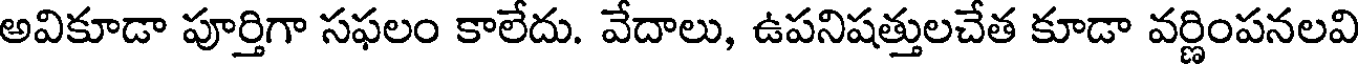
అవికూడా పూర్తిగా సఫలం కాలేదు. వేదాలు, ఉపనిషత్తులచేత కూడా వర్ణింపనలవి